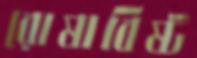
রোষাবিষ্ট